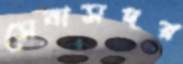
সেনাসদর